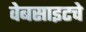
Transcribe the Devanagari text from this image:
वेबसाइटचे